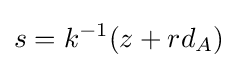
s=k^{-1}(z+rd_{A})